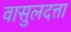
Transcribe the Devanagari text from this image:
वासुलदत्ता